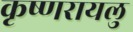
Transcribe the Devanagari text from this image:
कृष्णरायलु